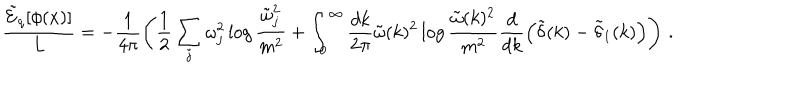
\frac { \tilde { \cal E } _ { q } [ \phi ( x ) ] } { L } = - \frac { 1 } { 4 \pi } \left( \frac { 1 } { 2 } \sum _ { j } \omega _ { j } ^ { 2 } \log \frac { \tilde { \omega } _ { j } ^ { 2 } } { m ^ { 2 } } + \int _ { 0 } ^ { \infty } \frac { d k } { 2 \pi } \tilde { \omega } ( k ) ^ { 2 } \log \frac { \tilde { \omega } ( k ) ^ { 2 } } { m ^ { 2 } } \frac { d } { d k } \left( \tilde { \delta } ( k ) - \tilde { \delta } _ { 1 } ( k ) \right) \right) \, .